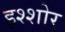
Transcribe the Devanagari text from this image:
इश्शोर